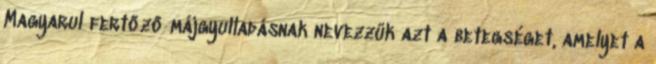
Magyarul fertőző májgyulladásnak nevezzük azt a betegséget, amelyet a